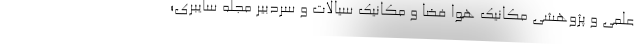
علمی و پژوهشی مکانیک هوا فضا و مکانیک سیالات و سردبیر مجله سایبری؛